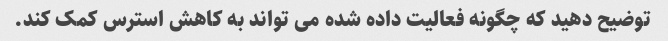
توضیح دهید که چگونه فعالیت داده شده می تواند به کاهش استرس کمک کند.